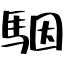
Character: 駰